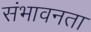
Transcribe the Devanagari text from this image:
संभावनता